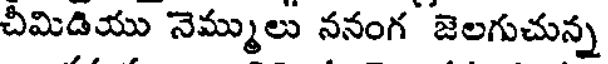
చీమిడియు నెమ్ములు ననంగ జెలగుచున్న